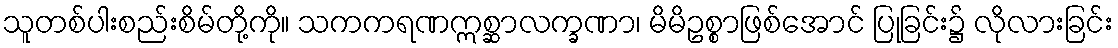
သူတစ်ပါးစည်းစိမ်တို့ကို။ သကကရဏဣစ္ဆာလက္ခဏာ၊ မိမိဥစ္စာဖြစ်အောင် ပြုခြင်း၌ လိုလားခြင်း